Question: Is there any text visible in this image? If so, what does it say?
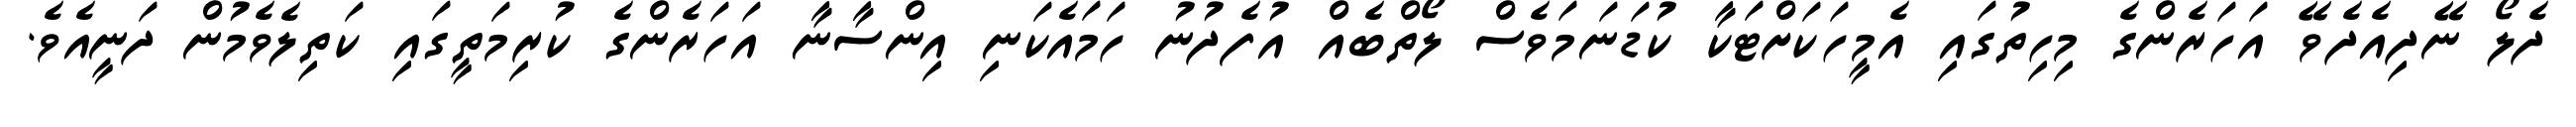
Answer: ދެލޯ ނޭދިއެދެވޭ އަހަރެންގެ މިހިތުގައި އެމީހަކަށްޓަކާ ކުޑަނަމަވެސް ލޯތްބެއް އުފެދުނު ހަމައެކަނި އިންސާނާ އަހަރެންގެ ކުރިމަތީގައި ކަތިލެވެމުން ދަނީއެވެ.